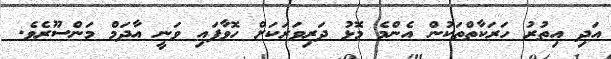
އަދި އިތުރު ހަރަކާތްތަކުން އެންމެ މޮޅު ދަރިވަރަކަށް ހޮވާފައި ވަނީ އާދަމް މަންސޫރެވެ.